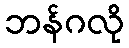
ဘန်ဂလို